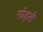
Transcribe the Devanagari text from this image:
गोड़से